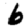
Digit: 6